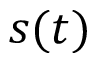
s ( t )